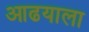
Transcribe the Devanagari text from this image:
आढयाला